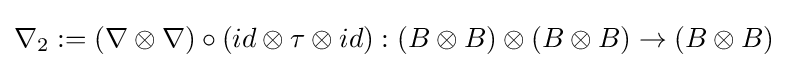
\nabla _{2}:=(\nabla \otimes \nabla )\circ (id\otimes \tau \otimes id):(B\otimes B)\otimes (B\otimes B)\to (B\otimes B)